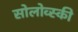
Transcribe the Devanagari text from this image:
सोलोव्स्की